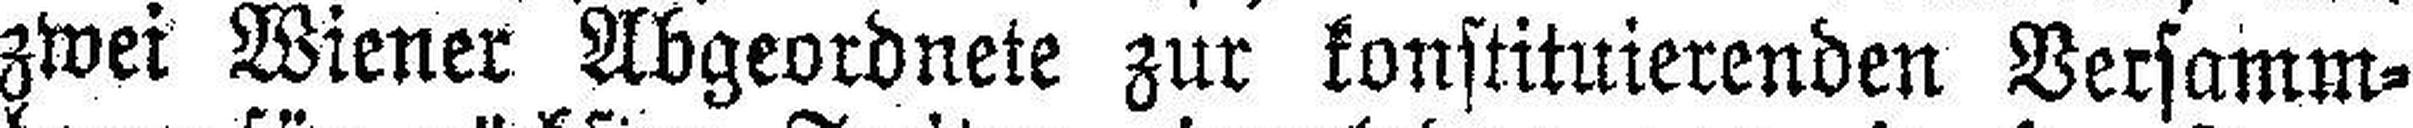
zwei Wiener Abgeordnete zur konstituierenden Versamm¬